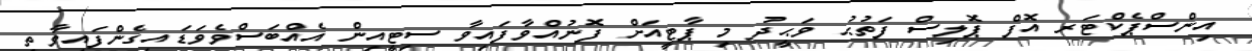
އިންސްޕެކްޓަރ އޮފް ޕޮލިސް ފަތުޙު ވަޙީދު މި ޕާޓީއަށް ފޮނުއްވާފައިވާ ސިޓީއިން އެއްބަސްވެވަޑައިގެންފައިވާތީ